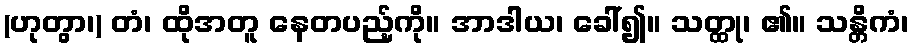
(ဟုတွာ၊) တံ၊ ထိုအတူ နေတပည့်ကို။ အာဒါယ၊ ခေါ်၍။ သတ္ထု၊ ၏။ သန္တိကံ၊